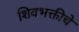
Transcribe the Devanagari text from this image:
शिवभक्तीचे